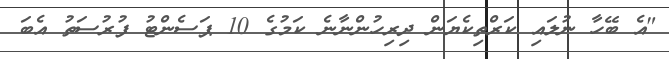
"އެ ބޭހާ ނުލައި ކަރްތިކެޔަން ދިރިހުންނާނެ ކަމުގެ 10 ޕަސެންޓު ފުރުސަތު އެބަ